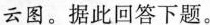
云图。据此回答下题。